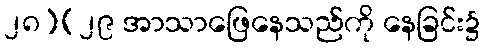
၂၈][၂၉ အာသာဖြေနေသည်ကို နေခြင်း၌